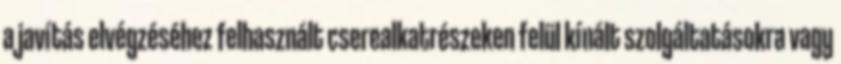
a javítás elvégzéséhez felhasznált cserealkatrészeken felül kínált szolgáltatásokra vagy